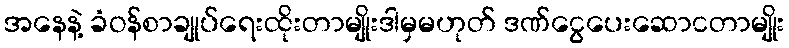
အနေနဲ့ ခံဝန်စာချုပ်ရေးထိုးတာမျိုးဒါမှမဟုတ် ဒဏ်ငွေပေးဆောငတာမျိုး